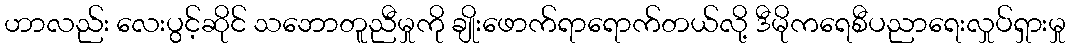
ဟာလည်း လေးပွင့်ဆိုင် သဘောတူညီမှုကို ချိုးဖောက်ရာရောက်တယ်လို့ ဒီမိုကရေစီပညာရေးလှုပ်ရှားမှု